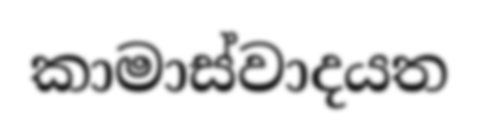
කාමාස්වාදයත